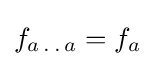
f_{a\,.\,.\,a}=f_{a}